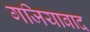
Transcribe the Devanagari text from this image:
गजियाबाद